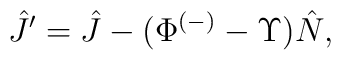
\hat J'=\hat J-(\Phi^{(-)}-\Upsilon)\hat N,